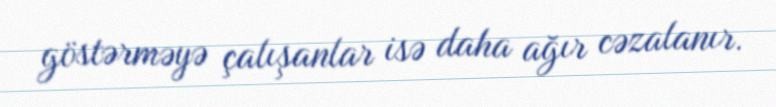
göstərməyə çalışanlar isə daha ağır cəzalanır.